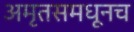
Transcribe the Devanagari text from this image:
अमृतसमधूनच